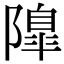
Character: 𨼍